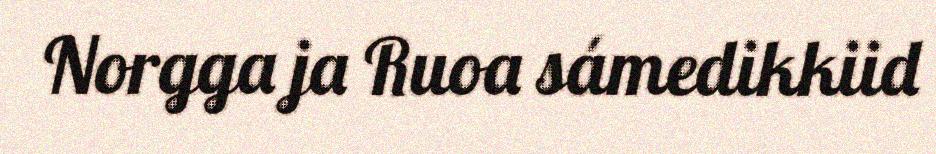
Norgga ja Ruoa sámedikkiid